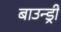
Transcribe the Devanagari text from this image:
बाउन्ड्री